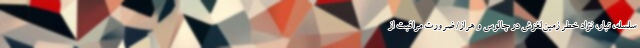
سلسله، تبار، نژاد خطر زمین‌لغزش در چالوس و هراز/ ضرورت مراقبت از